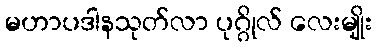
မဟာပဒါနသုတ်လာ ပုဂ္ဂိုလ် လေးမျိုး